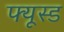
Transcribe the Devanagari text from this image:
फ्यूस्ड